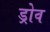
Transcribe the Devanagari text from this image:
ड्रोव